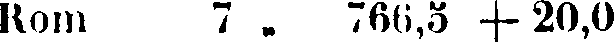
Rom 7 „ 766,3 + 20,0